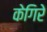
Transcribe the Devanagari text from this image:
केगिरे